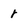
Character: r